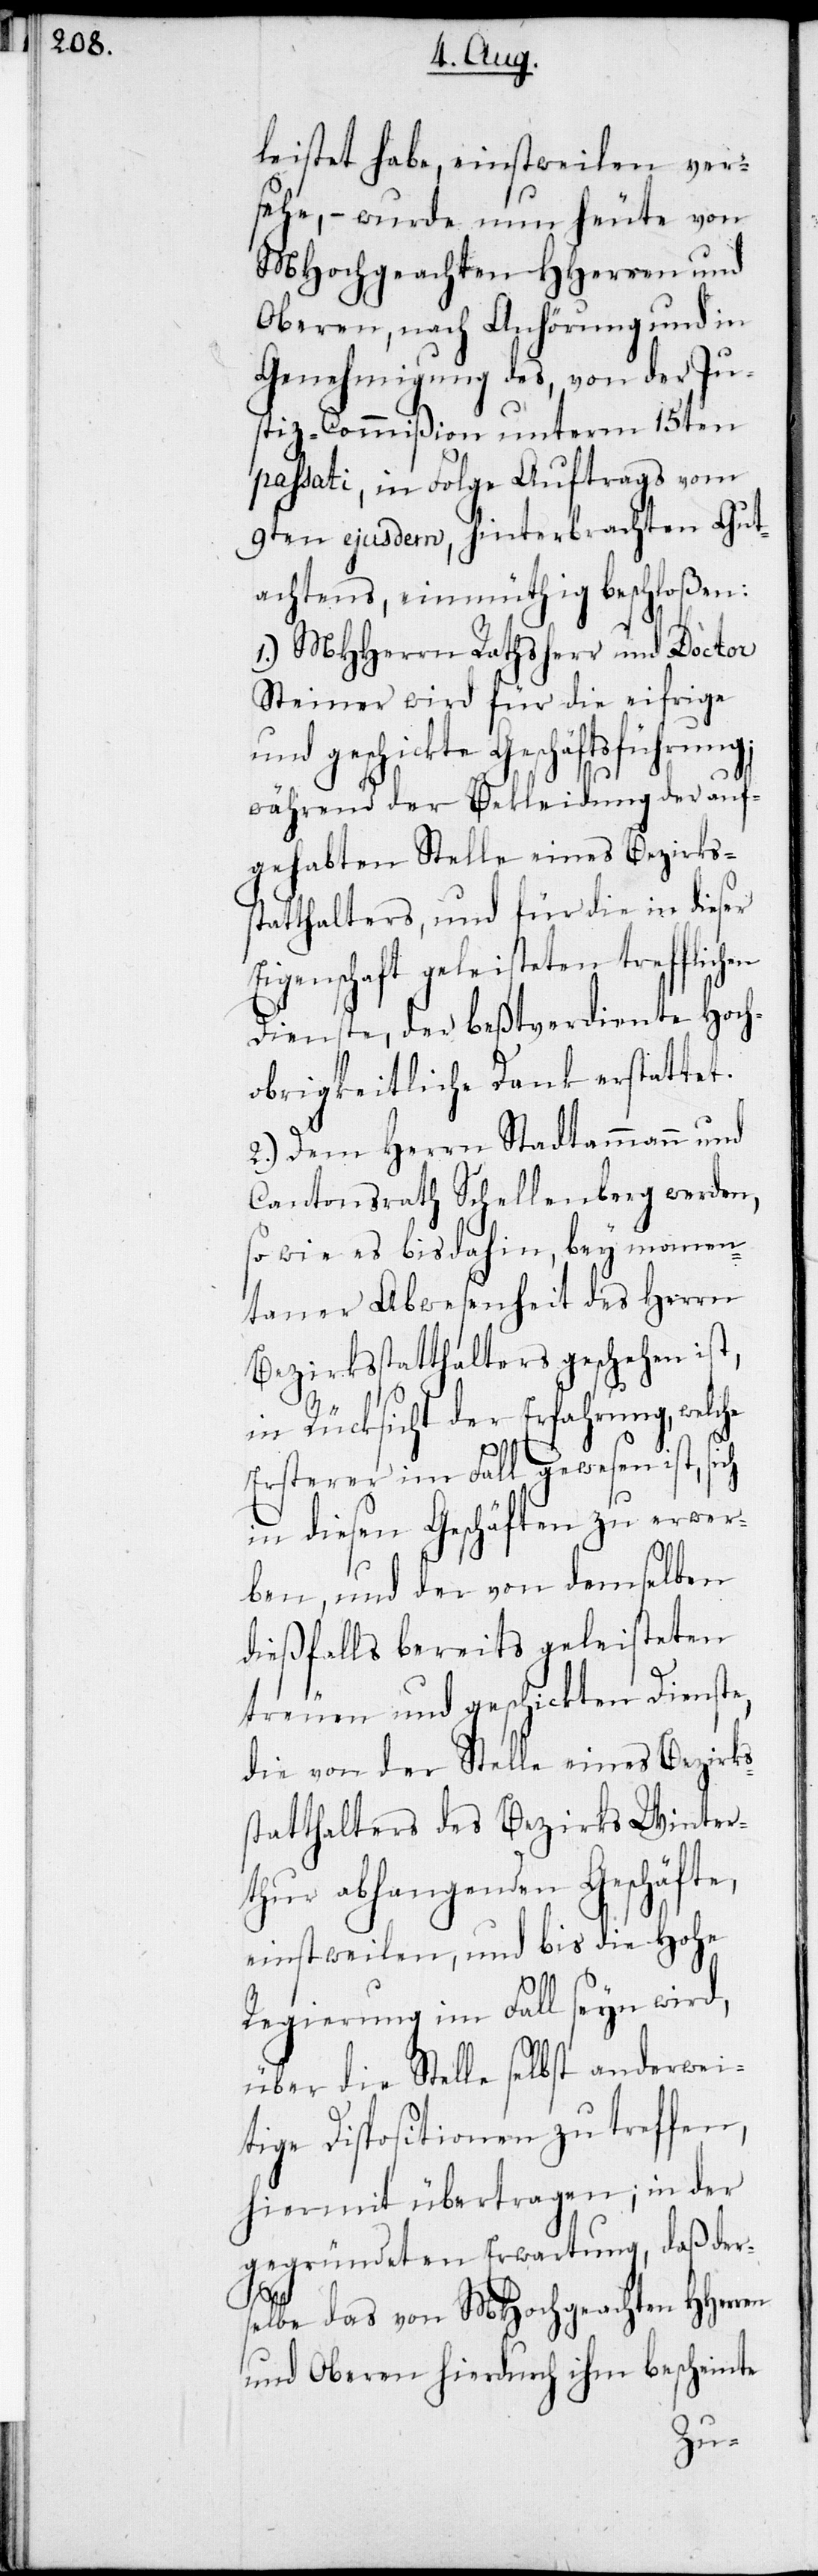
leistet habe, einstweilen ver¬
sehe, – wurde nun heute von
MHochgeachten HHerren und
Oberen, nach Anhörung und in
Genehmigung des, von der Ju¬
stiz-Commißion unterm 15ten
passati, in Folge Auftrags vom
9ten ejusdem, hinterbrachten Gut¬
achtens, einmüthig beschloßen:
1.) MHHerrn Rathsherr und Doctor
Steiner wird für die eifrige
und geschickte Geschäftsführung,
während der Bekleidung der auf¬
gehabten Stelle eines Bezirks¬
statthalters, und für die in dieser
Eigenschaft geleisteten trefflich¬
Dienste, der beßtverdiente Hoch¬
obrigkeitliche Dank erstattet.
2.) Dem Herrn Stadtammann und
Cantonsrath Schellenberg werden,
so wie es bis dahin, bey momen¬
taner Abwesenheit des Herrn
Bezirksstatthalters geschehen ist,
in Rücksicht der Erfahrung, wel¬
Ersterer im Fall gewesen ist, sich
in diesen Geschäften zu erwer¬
ben, und der von demselben
dießfalls bereits geleisteten
treuen und geschickten Dienste,
die von der Stelle eines Bezirks¬
statthalters des Bezirks Winter¬
thur abhangenden Geschäfte,
einstweilen, und bis die Hohe
Regierung im Fall seyn wird,
über die Stelle selbst anderwei¬
tige Dispositionen zu treffen,
hiermit übertragen; in der
gegründeten Erwartung, daß ders¬
che
elbe das von MHochgeachten HHerren
und Oberen hierdurch ihm bescheinte